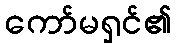
ကော်မရှင်၏